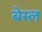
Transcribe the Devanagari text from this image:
बेस्ल